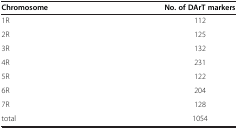
<table><thead><tr><td><b>Chromosome</b></td><td><b>No. of DArT markers</b></td></tr></thead><tbody><tr><td>1R</td><td>112</td></tr><tr><td>2R</td><td>125</td></tr><tr><td>3R</td><td>132</td></tr><tr><td>4R</td><td>231</td></tr><tr><td>5R</td><td>122</td></tr><tr><td>6R</td><td>204</td></tr><tr><td>7R</td><td>128</td></tr><tr><td>total</td><td>1054</td></tr></tbody></table>